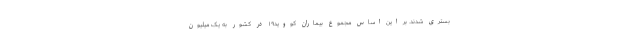
بستری شدند. بر این اساس مجموع بیماران کووید۱۹ در کشور به یک میلیون